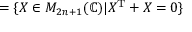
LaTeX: = \{ X \in M _ { 2 n + 1 } ( \mathbb { C } ) | X ^ { \mathrm { T } } + X = 0 \}